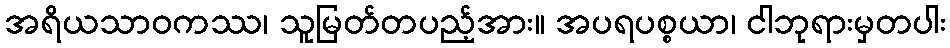
အရိယသာဝကဿ၊ သူမြတ်တပည့်အား။ အပရပစ္စယာ၊ ငါဘုရားမှတပါး